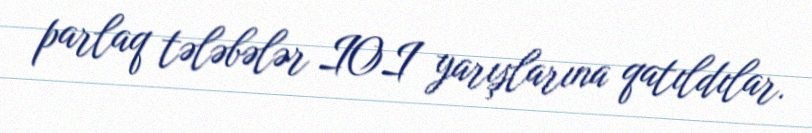
parlaq tələbələr IOI yarışlarına qatıldılar.